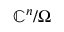
\mathbb { C } ^ { n } / \Omega